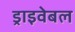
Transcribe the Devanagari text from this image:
ड्राइवेबल